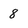
Character: 8